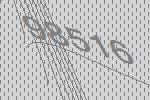
98516